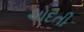
ચોદતી